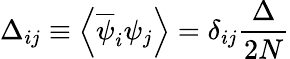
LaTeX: \Delta_{ij}\equiv\left\langle\overline{{{\psi}}}_{i}\psi_{j}\right\rangle=\delta_{ij}\frac{\Delta}{2N}